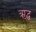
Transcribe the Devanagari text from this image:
ऋद्ध